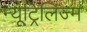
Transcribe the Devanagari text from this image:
न्यूट्रिलिज्म